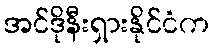
အင်ဒိုနီးရှားနိုင်ငံက